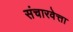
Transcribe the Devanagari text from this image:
संचारवेत्ता